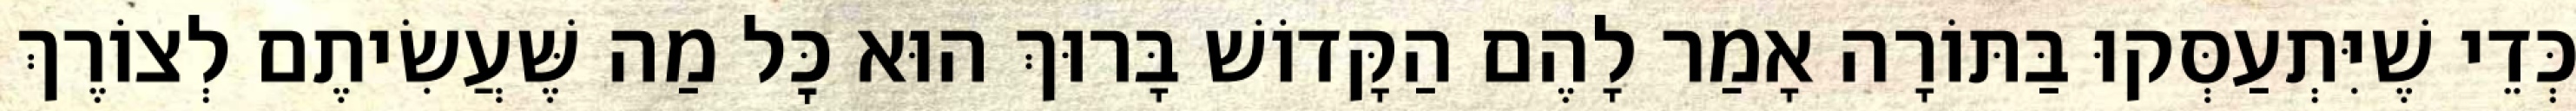
כְּדֵי שֶׁיִּתְעַסְּקוּ בַּתּוֹרָה אָמַר לָהֶם הַקָּדוֹשׁ בָּרוּךְ הוּא כׇּל מַה שֶּׁעֲשִׂיתֶם לְצוֹרֶךְ